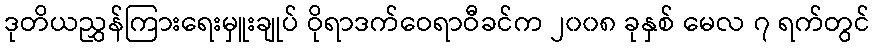
ဒုတိယညွှန်ကြားရေးမှူးချုပ် ဝိုရာဒက်ဝေရာဝီခင်က ၂၀၀၈ ခုနှစ် မေလ ၇ ရက်တွင်